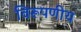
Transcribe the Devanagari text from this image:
विरूपणीय